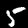
Digit: 5